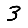
Digit: 3